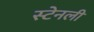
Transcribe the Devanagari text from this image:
स्‍टेनली